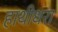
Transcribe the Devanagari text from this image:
हाथीधरा